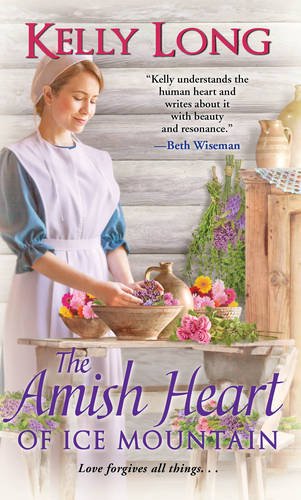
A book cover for The Amish Heart of Ice Mountain; Kelly Long; Romance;